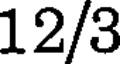
12/3